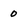
Character: 0